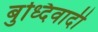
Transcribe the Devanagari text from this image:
बुध्दिवादी